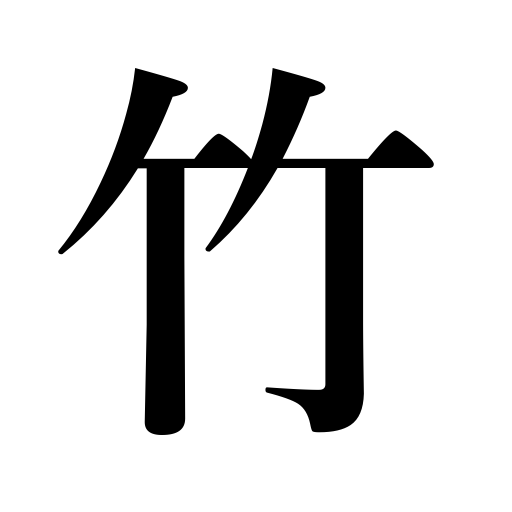
Meanings: bamboo wind instrument,bamboo